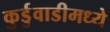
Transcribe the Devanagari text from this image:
कुर्डुवाडीमध्ये